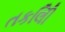
તકલીિ